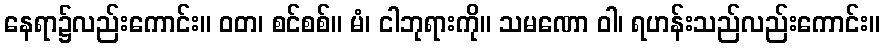
နေရာ၌လည်းကောင်း။ ဝတ၊ စင်စစ်။ မံ၊ ငါဘုရားကို။ သမဏော ဝါ၊ ရဟန်းသည်လည်းကောင်း။